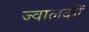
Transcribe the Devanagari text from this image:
ज्वालकों